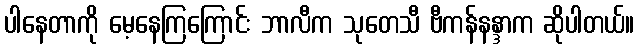
ပါနေတာကို မေ့နေကြကြောင်း ဘာလီက သုတေသီ ဗီကန်နန္ဒာက ဆိုပါတယ်။